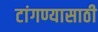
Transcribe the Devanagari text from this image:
टांगण्यासाठी